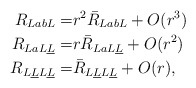
\begin{align*} R_{LabL } = & r^2 \bar R_{LabL} +O(r^3) \\R_{LaL\underline L}=& r \bar R_{L a L\underline L} +O(r^2) \\ R_{L\underline LL\underline L } =& \bar R_{L\underline LL\underline L}+O(r), \end{align*}